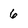
Character: 6